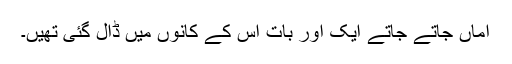
اماں جاتے جاتے ایک اور بات اس کے کانوں میں ڈال گئی تھیں۔